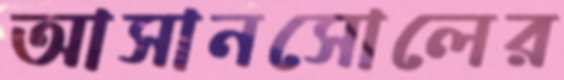
আসানসোলের